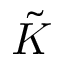
\tilde { K }